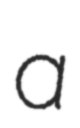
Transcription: a